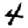
Digit: 4